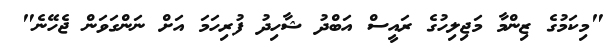
"މިކަމުގެ ޒިންމާ މަޖިލިހުގެ ރައީސް އަބްދު ޝާހިދު ފުރިހަމަ އަށް ނަންގަވަން ޖެހޭނެ"